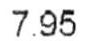
7.95